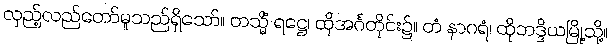
လှည့်လည်တော်မူသည်ရှိသော်။ တသ္မိံ ရဋ္ဌေ၊ ထိုအင်္ဂတိုင်း၌။ တံ နာဂရံ၊ ထိုဘဒ္ဒိယမြို့သို့။